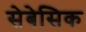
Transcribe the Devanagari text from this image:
सेबेसिक